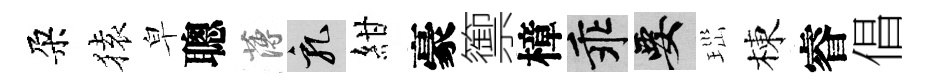
朶𫞤皁聰薄乳紺豪籞樟乖要𤤼棟睿倡